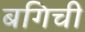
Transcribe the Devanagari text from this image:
बगिची